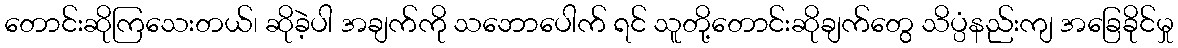
တောင်းဆိုကြသေးတယ်၊ ဆိုခဲ့ပါ အချက်ကို သဘောပေါက် ရင် သူတို့တောင်းဆိုချက်တွေ သိပ္ပံနည်းကျ အခြေခိုင်မှု